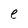
Character: e